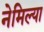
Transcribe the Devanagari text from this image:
नेमिल्या